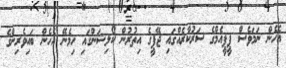
އެހެން ނަމަވެސް ޕީޕީއެމްގެ ސަރުކާރެއްގައި ޖޭޕީގެ އިތުރުން ކޯލިޝަންގައި ހިމެނޭ އެހެން ބައިވެރިންގެ